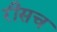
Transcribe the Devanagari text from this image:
रीसच